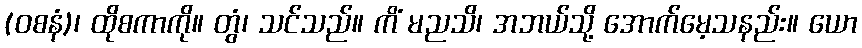
(ဝစနံ)၊ ထိုစကာကို။ တွံ၊ သင်သည်။ ကိံ မညသိ၊ အဘယ်သို့ အောက်မေ့သနည်း။ ယော